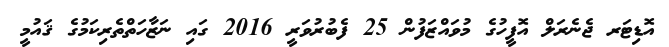
އޮޑިޓަރ ޖެނެރަލް އޮފީހުގެ މުވައްޒަފުން 25 ފެބުރުވަރީ 2016 ގައި ނަޒާހަތްތެރިކަމުގެ ޤައުމީ